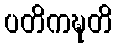
ပတိကဍ္ဎတိ